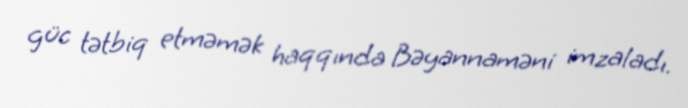
güc tətbiq etməmək haqqında Bəyannaməni imzaladı.